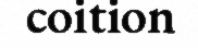
coition